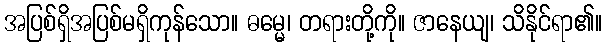
အပြစ်ရှိအပြစ်မရှိကုန်သော။ ဓမ္မေ၊ တရားတို့ကို။ ဇာနေယျ၊ သိနိုင်ရာ၏။